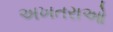
અખતરાઓ